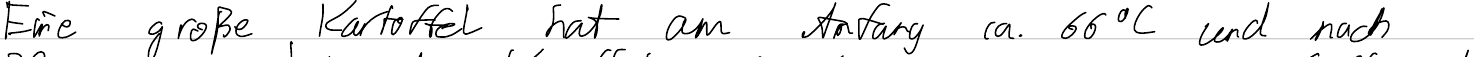
Eine große Kartoffel hat am Anfang ca. 66°C und nach